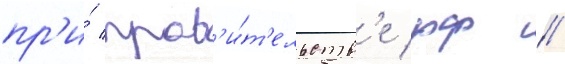
пр'и́ прав'и́т'ельств'е рф //